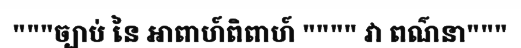
"""ច្បាប់ នៃ អាពាហ៍ពិពាហ៍ """" វា ពណ៌នា"""